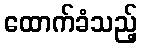
ထောက်ခံသည့်